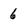
Character: 6